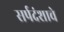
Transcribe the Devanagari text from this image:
सर्पदंशाचे